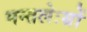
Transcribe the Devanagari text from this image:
मन्तलेःम्रों